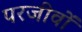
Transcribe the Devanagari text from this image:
परजीवों